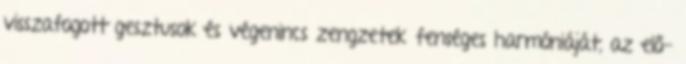
visszafogott gesztusok és végenincs zengzetek fenséges harmóniáját, az elő-